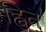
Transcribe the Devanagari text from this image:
ह्वित